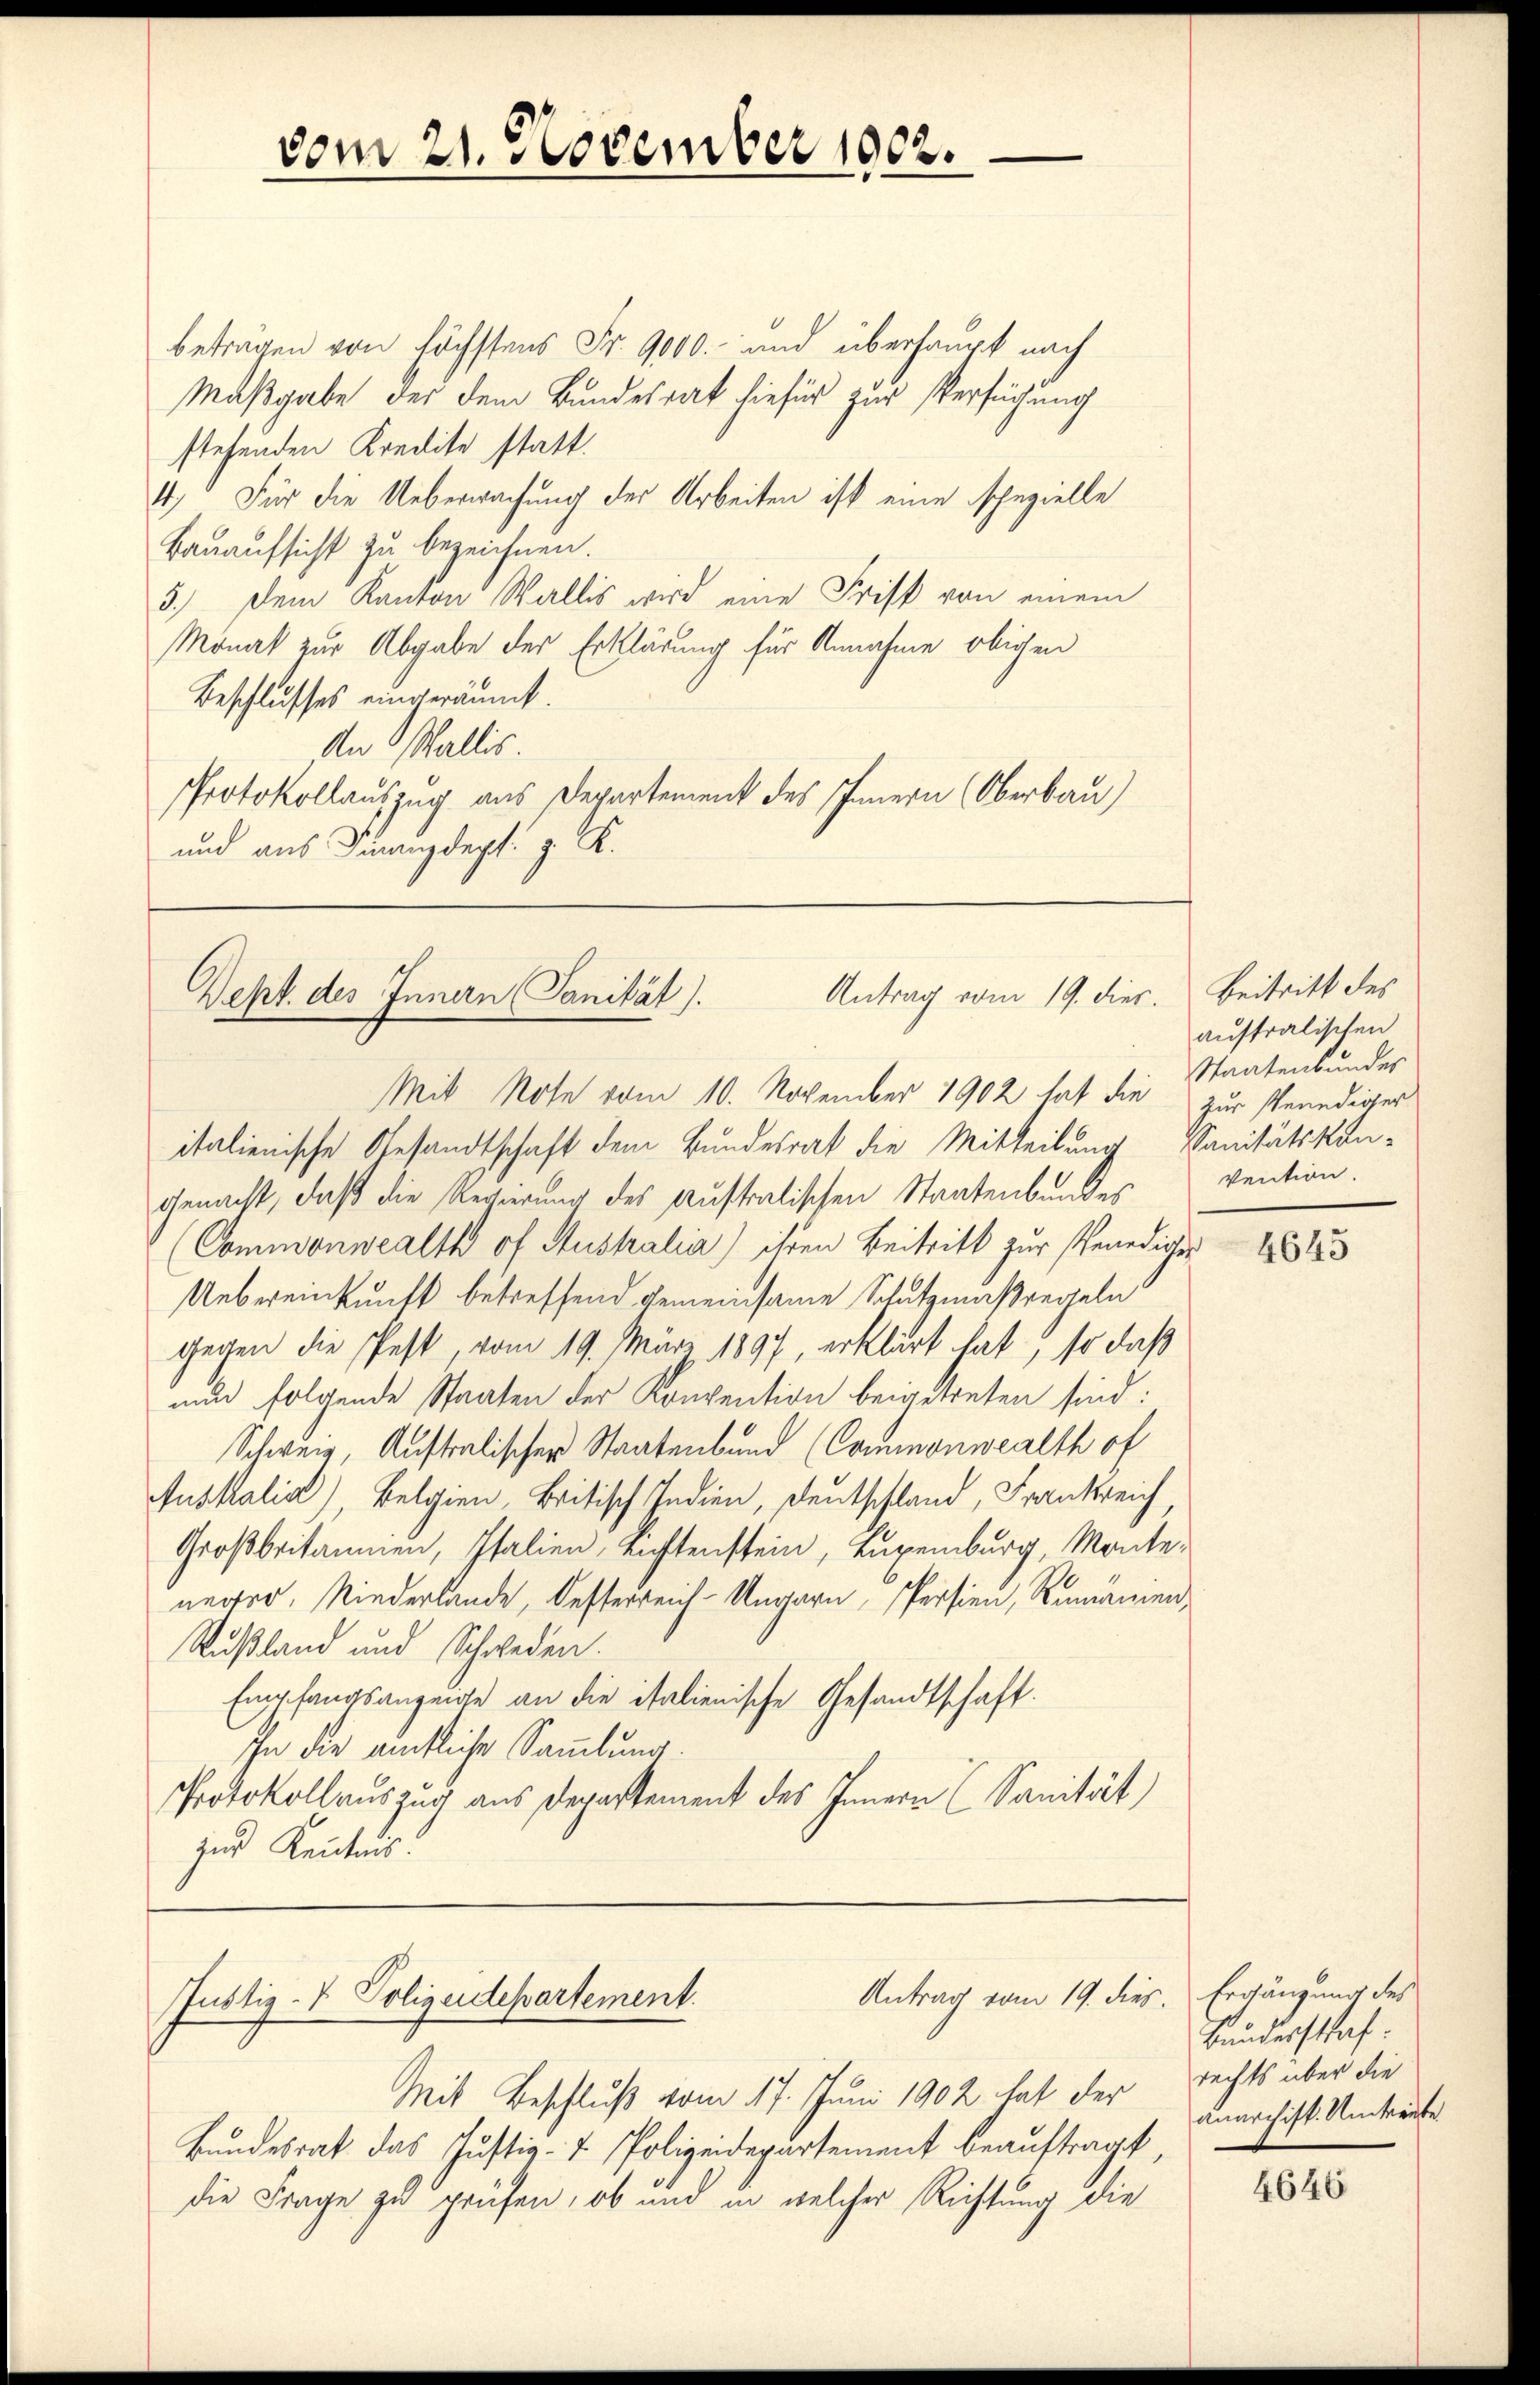
beträgen von höchstens Fr. 9000.- und überhaupt nach
Maßgabe der dem Bundesrat hiefür zur Versuchung
stehenden Kredite statt.
4) Für die Ueberwachung der Arbeiten ist eine spezielle
Bauaufsicht zu bezeichnen.
5.) Dem Kanton Wallis wird eine Frist von einem
Monat zur Abgabe der Erklärung für Annahme obigen
Beschlusses eingeräumt.
An Wallis.
Protokollauszug aus Departement des Innern (Oberbau)
und aus Finanzdept: z. K.

vom 21. November 1902.

Antrag vom 19. dies. Beitritt des
Dept. des Innern Sanität).
Mit Note vom 10. November 1902 hat die zur Venediger

Antrag vom 19. dies. Ergänzung des
Justiz- & Polizeidepartement.

italienische Gesandtschaft dem Bundesrat die Mitteilung Sanitätskongenacht, daß die Regierung des Australischen Staatenbundes
(Commonwealtk of Aushalia) ihren Beitritt zur Venediger
Uebereinkunft betreffend gemeinsame Schutzmaßregeln
gegen die fest, vom 19. März 1897, erklärt hat, so daß
nun folgende Staaten der Konvention beigetreten sind:
Schweiz, Auftralischer Staatenbund (Commonwealth of
Auskalis), Belgien, Britisch Indien, Deutschland, Frankreich
Großbritannen, Italien, Aufstenstein, Luxenburg, Monteneder, Niederlande, Oesterreich-Ungarn, Persien, Remannen,
Rußland und Schweden.
Empfangsanzeige an die italienische Gesandtschaft.
In die amtliche Sammlung.
Protokollauszug aus Departement des Innern (Sanität)
zur Kenntnis.

Mit Beschluß vom 17. Juni 1902 hat der
Bundesrat das Justiz-7. Polizeidepartement beauftragt
die Frage zu prüfen, ob und in welcher Richtung die

australischen
Staatenbundes
vention.

4645

Bundesstraf.
rechts über die
anarchist. Untreute.

4646